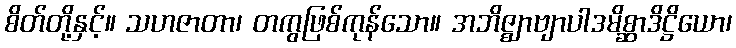
စိတ်တို့နှင့်။ သဟဇာတာ၊ တကွဖြစ်ကုန်သော။ အဘိဇ္ဈာဗျာပါဒမိစ္ဆာဒိဋ္ဌိယော၊